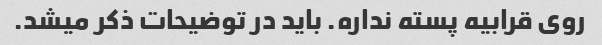
روی قرابیه پسته نداره. باید در توضیحات ذکر میشد.